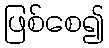
ဖြစ်စေ၍